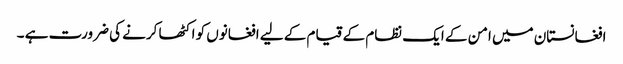
افغانستان میں امن کے ایک نظام کے قیام کے لیے افغانوں کو اکٹھا کرنے کی ضرورت ہے ۔